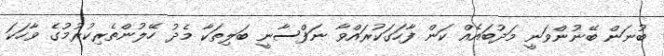
ބުނަން ބޭނުންވަނީ މަދުބައެއް ކަން ފާހަގަކުރައްވާ ނަފްސާނީ ބަލިތަކާ މެދު ހޭލުންތެރިކުރުމުގެ ވާހަކަ